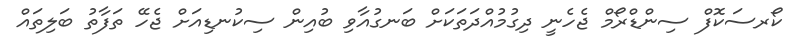
ކޯރސަކޮފް ސިންޑްރޯމް ޖެހެނީ ދިގުމުއްދަތަކަށް ބަނގުއާވި ބުއިން ސިކުނޑިއަށް ޖެހޭ ތަފާތު ބަލިތައް